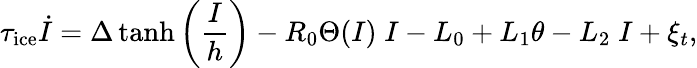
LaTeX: \tau_{\mathrm{ice}}\dot{I}=\Delta\operatorname{tanh}\left(\frac{I}{h}\right)-R_{0}\Theta(I)\; I-L_{0}+L_{1}\theta-L_{2}\; I+\xi_{t},